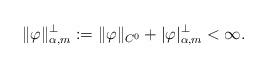
LaTeX: \begin{align*} \|\varphi\|^\perp_{\alpha,m} := \|\varphi\|_{C^0}+|\varphi|^\perp_{\alpha,m}<\infty. \end{align*}